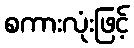
စကားလုံးဖြင့်